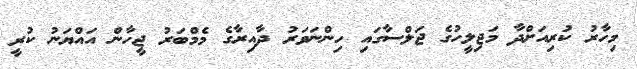
މިހާރު ކުރިއަށްދާ މަޖިލީހުގެ ޖަލްސާގައި ހިންނަވަރު ދާއިރާގެ މެމްބަރު ޖީހާން އައްޔަނު ކުރީ